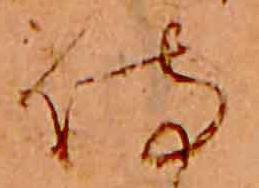
侍